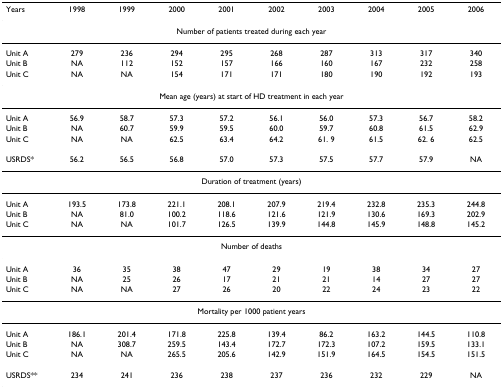
<table><thead><tr><td><b>Years</b></td><td><b>1998</b></td><td><b>1999</b></td><td><b>2000</b></td><td><b>2001</b></td><td><b>2002</b></td><td><b>2003</b></td><td><b>2004</b></td><td><b>2005</b></td><td><b>2006</b></td></tr></thead><tbody><tr><td colspan="10">Number of patients treated during each year</td></tr><tr><td>Unit A</td><td>279</td><td>236</td><td>294</td><td>295</td><td>268</td><td>287</td><td>313</td><td>317</td><td>340</td></tr><tr><td>Unit B</td><td>NA</td><td>112</td><td>152</td><td>157</td><td>166</td><td>160</td><td>167</td><td>232</td><td>258</td></tr><tr><td>Unit C</td><td>NA</td><td>NA</td><td>154</td><td>171</td><td>171</td><td>180</td><td>190</td><td>192</td><td>193</td></tr><tr><td colspan="10">Mean age (years) at start of HD treatment in each year</td></tr><tr><td>Unit A</td><td>56.9</td><td>58.7</td><td>57.3</td><td>57.2</td><td>56.1</td><td>56.0</td><td>57.3</td><td>56.7</td><td>58.2</td></tr><tr><td>Unit B</td><td>NA</td><td>60.7</td><td>59.9</td><td>59.5</td><td>60.0</td><td>59.7</td><td>60.8</td><td>61.5</td><td>62.9</td></tr><tr><td>Unit C</td><td>NA</td><td>NA</td><td>62.5</td><td>63.4</td><td>64.2</td><td>61. 9</td><td>61.5</td><td>62. 6</td><td>62.5</td></tr><tr><td>USRDS*</td><td>56.2</td><td>56.5</td><td>56.8</td><td>57.0</td><td>57.3</td><td>57.5</td><td>57.7</td><td>57.9</td><td>NA</td></tr><tr><td colspan="10">Duration of treatment (years)</td></tr><tr><td>Unit A</td><td>193.5</td><td>173.8</td><td>221.1</td><td>208.1</td><td>207.9</td><td>219.4</td><td>232.8</td><td>235.3</td><td>244.8</td></tr><tr><td>Unit B</td><td>NA</td><td>81.0</td><td>100.2</td><td>118.6</td><td>121.6</td><td>121.9</td><td>130.6</td><td>169.3</td><td>202.9</td></tr><tr><td>Unit C</td><td>NA</td><td>NA</td><td>101.7</td><td>126.5</td><td>139.9</td><td>144.8</td><td>145.9</td><td>148.8</td><td>145.2</td></tr><tr><td colspan="10">Number of deaths</td></tr><tr><td>Unit A</td><td>36</td><td>35</td><td>38</td><td>47</td><td>29</td><td>19</td><td>38</td><td>34</td><td>27</td></tr><tr><td>Unit B</td><td>NA</td><td>25</td><td>26</td><td>17</td><td>21</td><td>21</td><td>14</td><td>27</td><td>27</td></tr><tr><td>Unit C</td><td>NA</td><td>NA</td><td>27</td><td>26</td><td>20</td><td>22</td><td>24</td><td>23</td><td>22</td></tr><tr><td colspan="10">Mortality per 1000 patient years</td></tr><tr><td>Unit A</td><td>186.1</td><td>201.4</td><td>171.8</td><td>225.8</td><td>139.4</td><td>86.2</td><td>163.2</td><td>144.5</td><td>110.8</td></tr><tr><td>Unit B</td><td>NA</td><td>308.7</td><td>259.5</td><td>143.4</td><td>172.7</td><td>172.3</td><td>107.2</td><td>159.5</td><td>133.1</td></tr><tr><td>Unit C</td><td>NA</td><td>NA</td><td>265.5</td><td>205.6</td><td>142.9</td><td>151.9</td><td>164.5</td><td>154.5</td><td>151.5</td></tr><tr><td>USRDS**</td><td>234</td><td>241</td><td>236</td><td>238</td><td>237</td><td>236</td><td>232</td><td>229</td><td>NA</td></tr></tbody></table>